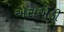
એસએડી